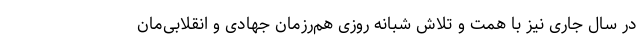
در سال جاری نیز با همت و تلاش شبانه روزی هم‌رزمان جهادی و انقلابی‌مان